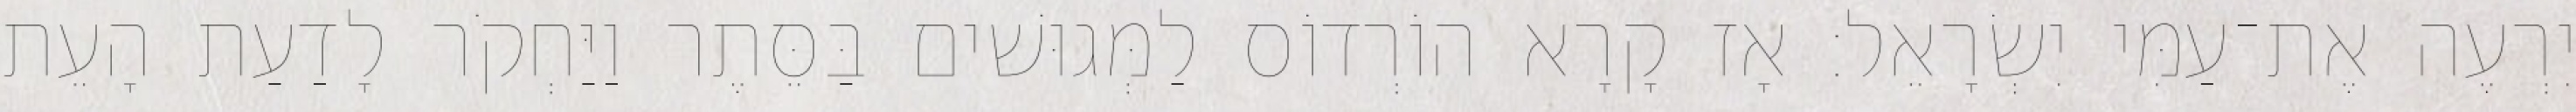
יִרְעֶה אֶת־עַמִּי יִשְׂרָאֵל׃ אָז קָרָא הוֹרְדוֹס לַמְּגוּשׁים בַּסֵּתֶר וַיַּחְקֹר לָדַעַת הָעֵת